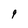
Character: 9